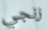
زنجي